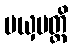
မယှမတ္ထိ